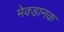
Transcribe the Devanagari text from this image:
मेक्डानक